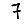
Digit: 7